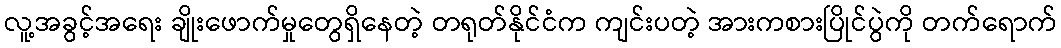
လူ့အခွင့်အရေး ချိုးဖောက်မှုတွေရှိနေတဲ့ တရုတ်နိုင်ငံက ကျင်းပတဲ့ အားကစားပြိုင်ပွဲကို တက်ရောက်